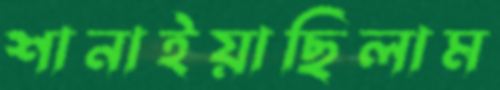
শানাইয়াছিলাম